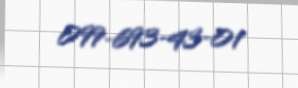
099-693-43-01